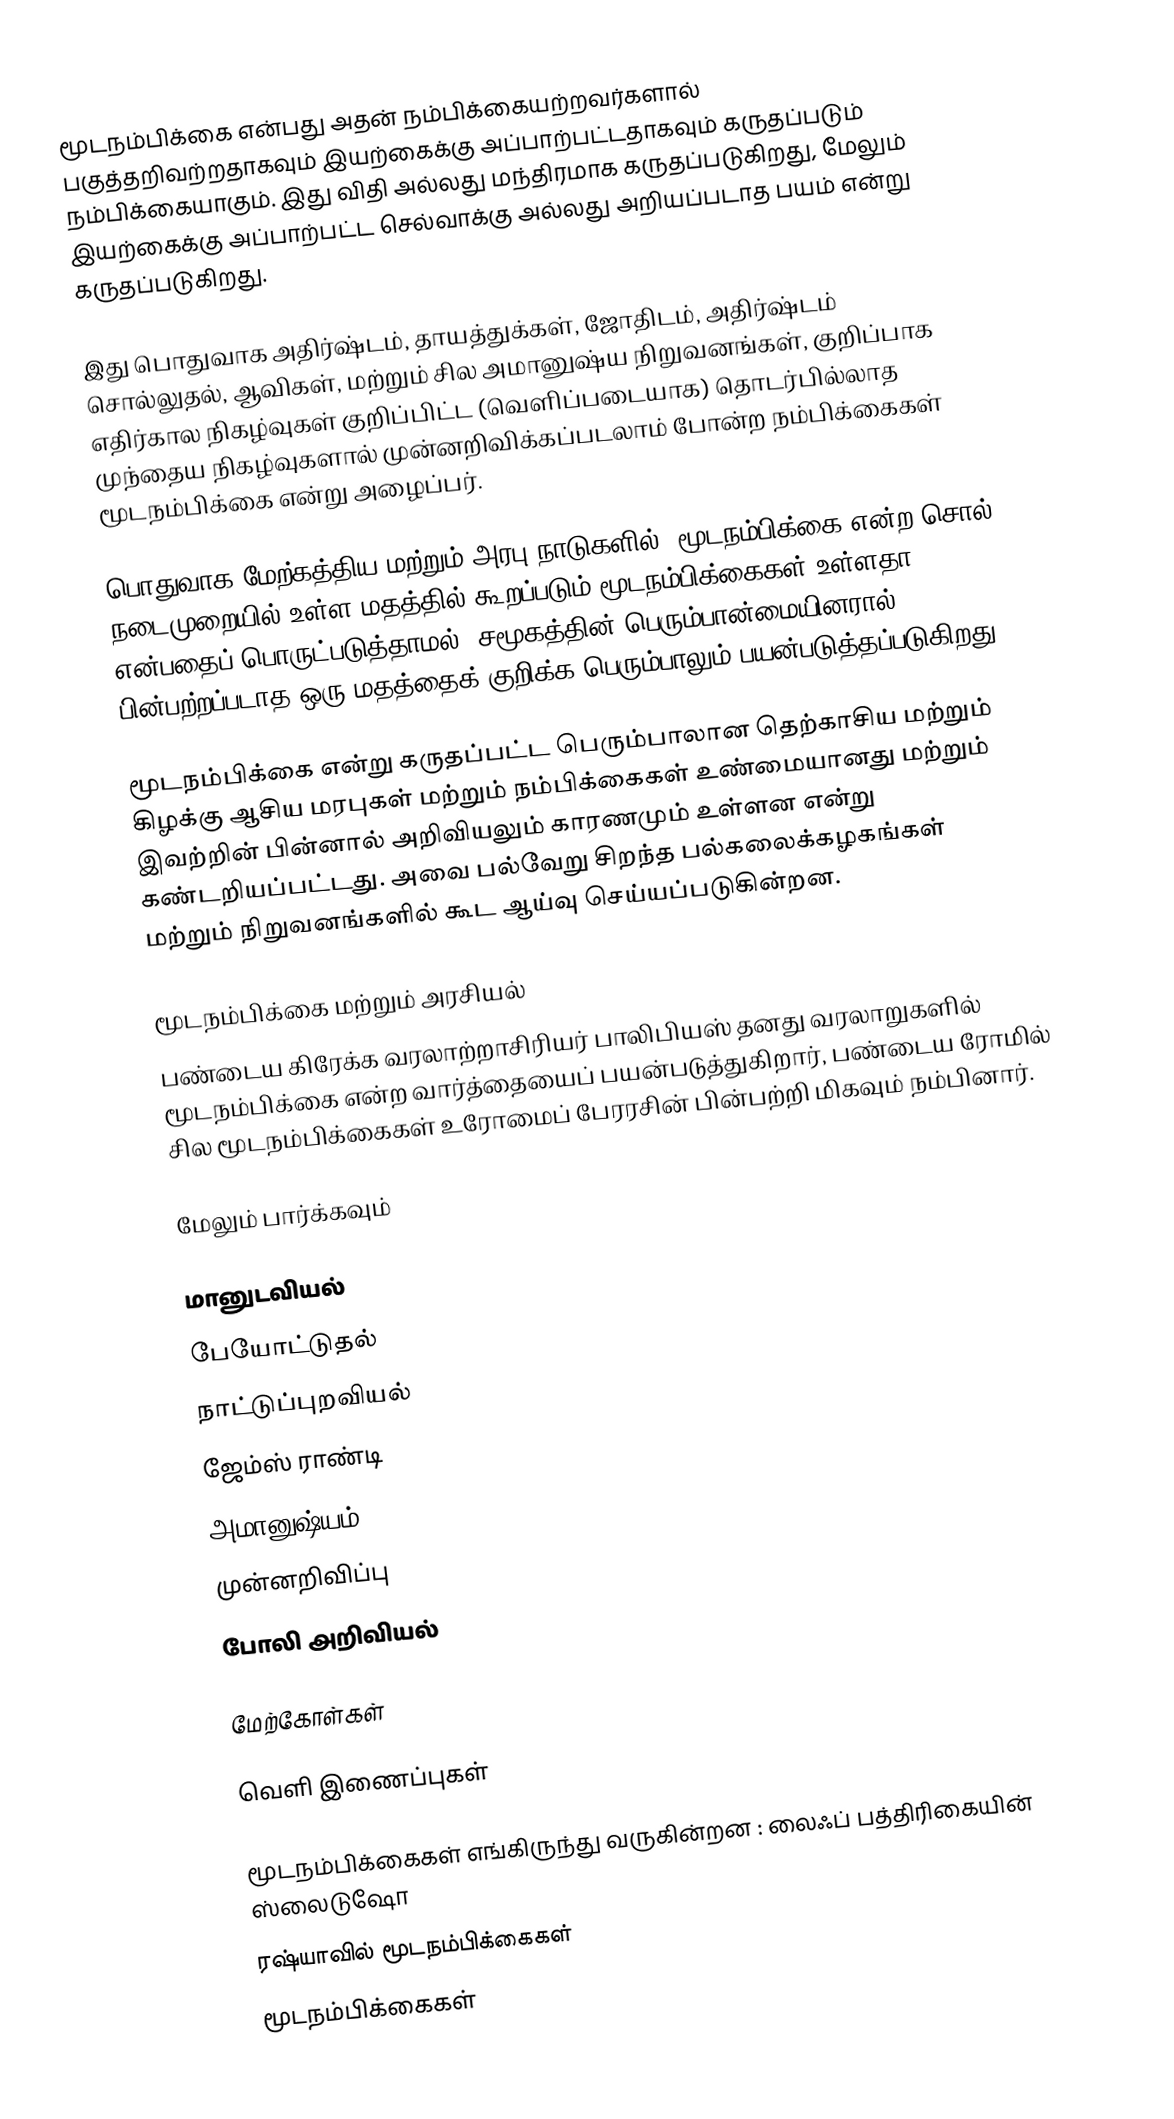
மூடநம்பிக்கை என்பது அதன் நம்பிக்கையற்றவர்களால் பகுத்தறிவற்றதாகவும் இயற்கைக்கு அப்பாற்பட்டதாகவும் கருதப்படும் நம்பிக்கையாகும். இது விதி அல்லது மந்திரமாக கருதப்படுகிறது, மேலும் இயற்கைக்கு அப்பாற்பட்ட செல்வாக்கு அல்லது அறியப்படாத பயம் என்று கருதப்படுகிறது.

இது பொதுவாக அதிர்ஷ்டம், தாயத்துக்கள், ஜோதிடம், அதிர்ஷ்டம் சொல்லுதல், ஆவிகள், மற்றும் சில அமானுஷ்ய நிறுவனங்கள், குறிப்பாக எதிர்கால நிகழ்வுகள் குறிப்பிட்ட (வெளிப்படையாக) தொடர்பில்லாத முந்தைய நிகழ்வுகளால் முன்னறிவிக்கப்படலாம் போன்ற நம்பிக்கைகள் மூடநம்பிக்கை என்று அழைப்பர்.

பொதுவாக மேற்கத்திய மற்றும் அரபு நாடுகளில், மூடநம்பிக்கை என்ற சொல், நடைமுறையில் உள்ள மதத்தில் கூறப்படும் மூடநம்பிக்கைகள் உள்ளதா என்பதைப் பொருட்படுத்தாமல், சமூகத்தின் பெரும்பான்மையினரால் பின்பற்றப்படாத ஒரு மதத்தைக் குறிக்க பெரும்பாலும் பயன்படுத்தப்படுகிறது.

மூடநம்பிக்கை என்று கருதப்பட்ட பெரும்பாலான தெற்காசிய மற்றும் கிழக்கு ஆசிய மரபுகள் மற்றும் நம்பிக்கைகள் உண்மையானது மற்றும் இவற்றின் பின்னால் அறிவியலும் காரணமும் உள்ளன என்று கண்டறியப்பட்டது. அவை பல்வேறு சிறந்த பல்கலைக்கழகங்கள் மற்றும் நிறுவனங்களில் கூட ஆய்வு செய்யப்படுகின்றன.

மூடநம்பிக்கை மற்றும் அரசியல்
பண்டைய கிரேக்க வரலாற்றாசிரியர் பாலிபியஸ் தனது வரலாறுகளில் மூடநம்பிக்கை என்ற வார்த்தையைப் பயன்படுத்துகிறார், பண்டைய ரோமில் சில மூடநம்பிக்கைகள் உரோமைப் பேரரசின் பின்பற்றி மிகவும் நம்பினார்.

மேலும் பார்க்கவும்

 மானுடவியல்
 பேயோட்டுதல்
 நாட்டுப்புறவியல்
 ஜேம்ஸ் ராண்டி
 அமானுஷ்யம்
 முன்னறிவிப்பு
 போலி அறிவியல்

மேற்கோள்கள்

வெளி இணைப்புகள்

 மூடநம்பிக்கைகள் எங்கிருந்து வருகின்றன  : லைஃப் பத்திரிகையின் ஸ்லைடுஷோ
 ரஷ்யாவில் மூடநம்பிக்கைகள்
மூடநம்பிக்கைகள்